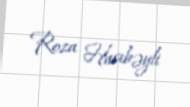
Roza Hacıbəyli